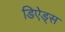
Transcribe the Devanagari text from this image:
डिऐड्स